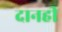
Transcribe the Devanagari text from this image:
दानही